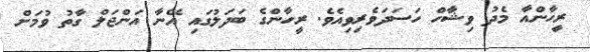
ރީހާންއާ މެދު ވިޝާހް ހަސަދަވެރިވިއެވެ. ރީހާންގެ ބަދަލުގައި އޭނާ އަންޖަލް ގާތު ވުމަށް